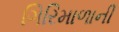
ગિરિમાળાની